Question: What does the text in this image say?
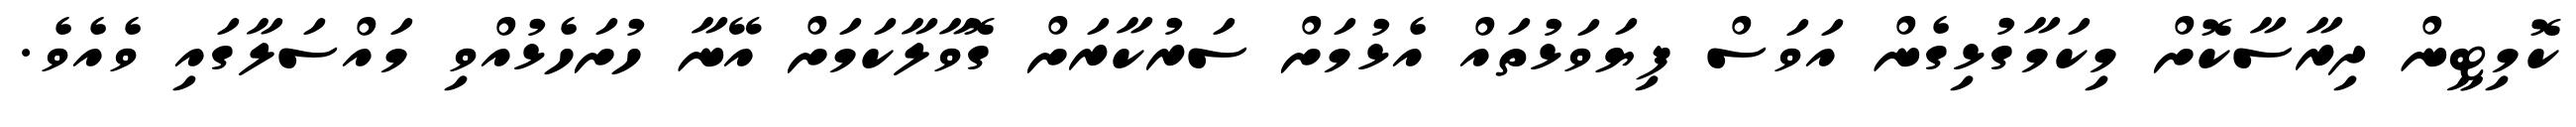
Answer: ކޮމިޓީން ދިރާސާކޮށް މިކަމާގުޅިގެން އަވަސް ފިޔަވަޅުތައް އެޅުމަށް ސަރުކާރަށް ގޮވާލާކަމަށް އޭނާ ހުށަހެޅުއްވި މައްސަލާގައި ވެއެވެ.